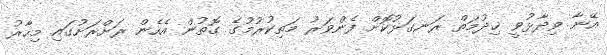
އޭނާ ވިދާޅުވީ ޚިދުމަތް ރަނގަޅުކޮށް ފެންވަރު މަތިކުރުމުގެ ގޮތުން އެހެން ރަށްރަށުގައި މިހާރު